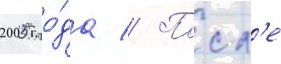
2005 го́да // Посл'е